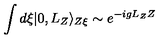
\int d \xi | 0 , L _ { Z } \rangle _ { Z \xi } \sim e ^ { - i g L _ { Z } Z }